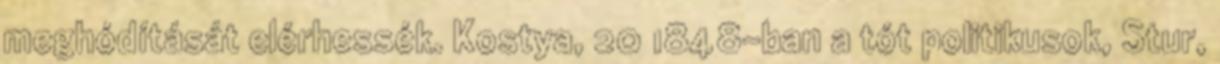
meghódítását elérhessék. Kostya, 20 1848-ban a tót politikusok, Stur,